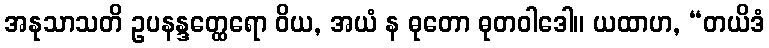
အနုသာသတိ ဥပနန္ဒတ္ထေရော ဝိယ, အယံ န ဓုတော ဓုတဝါဒေါ။ ယထာဟ, “တယိဒံ